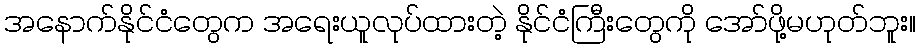
အနောက်နိုင်ငံတွေက အရေးယူလုပ်ထားတဲ့ နိုင်ငံကြီးတွေကို အော်ဖို့မဟုတ်ဘူး။